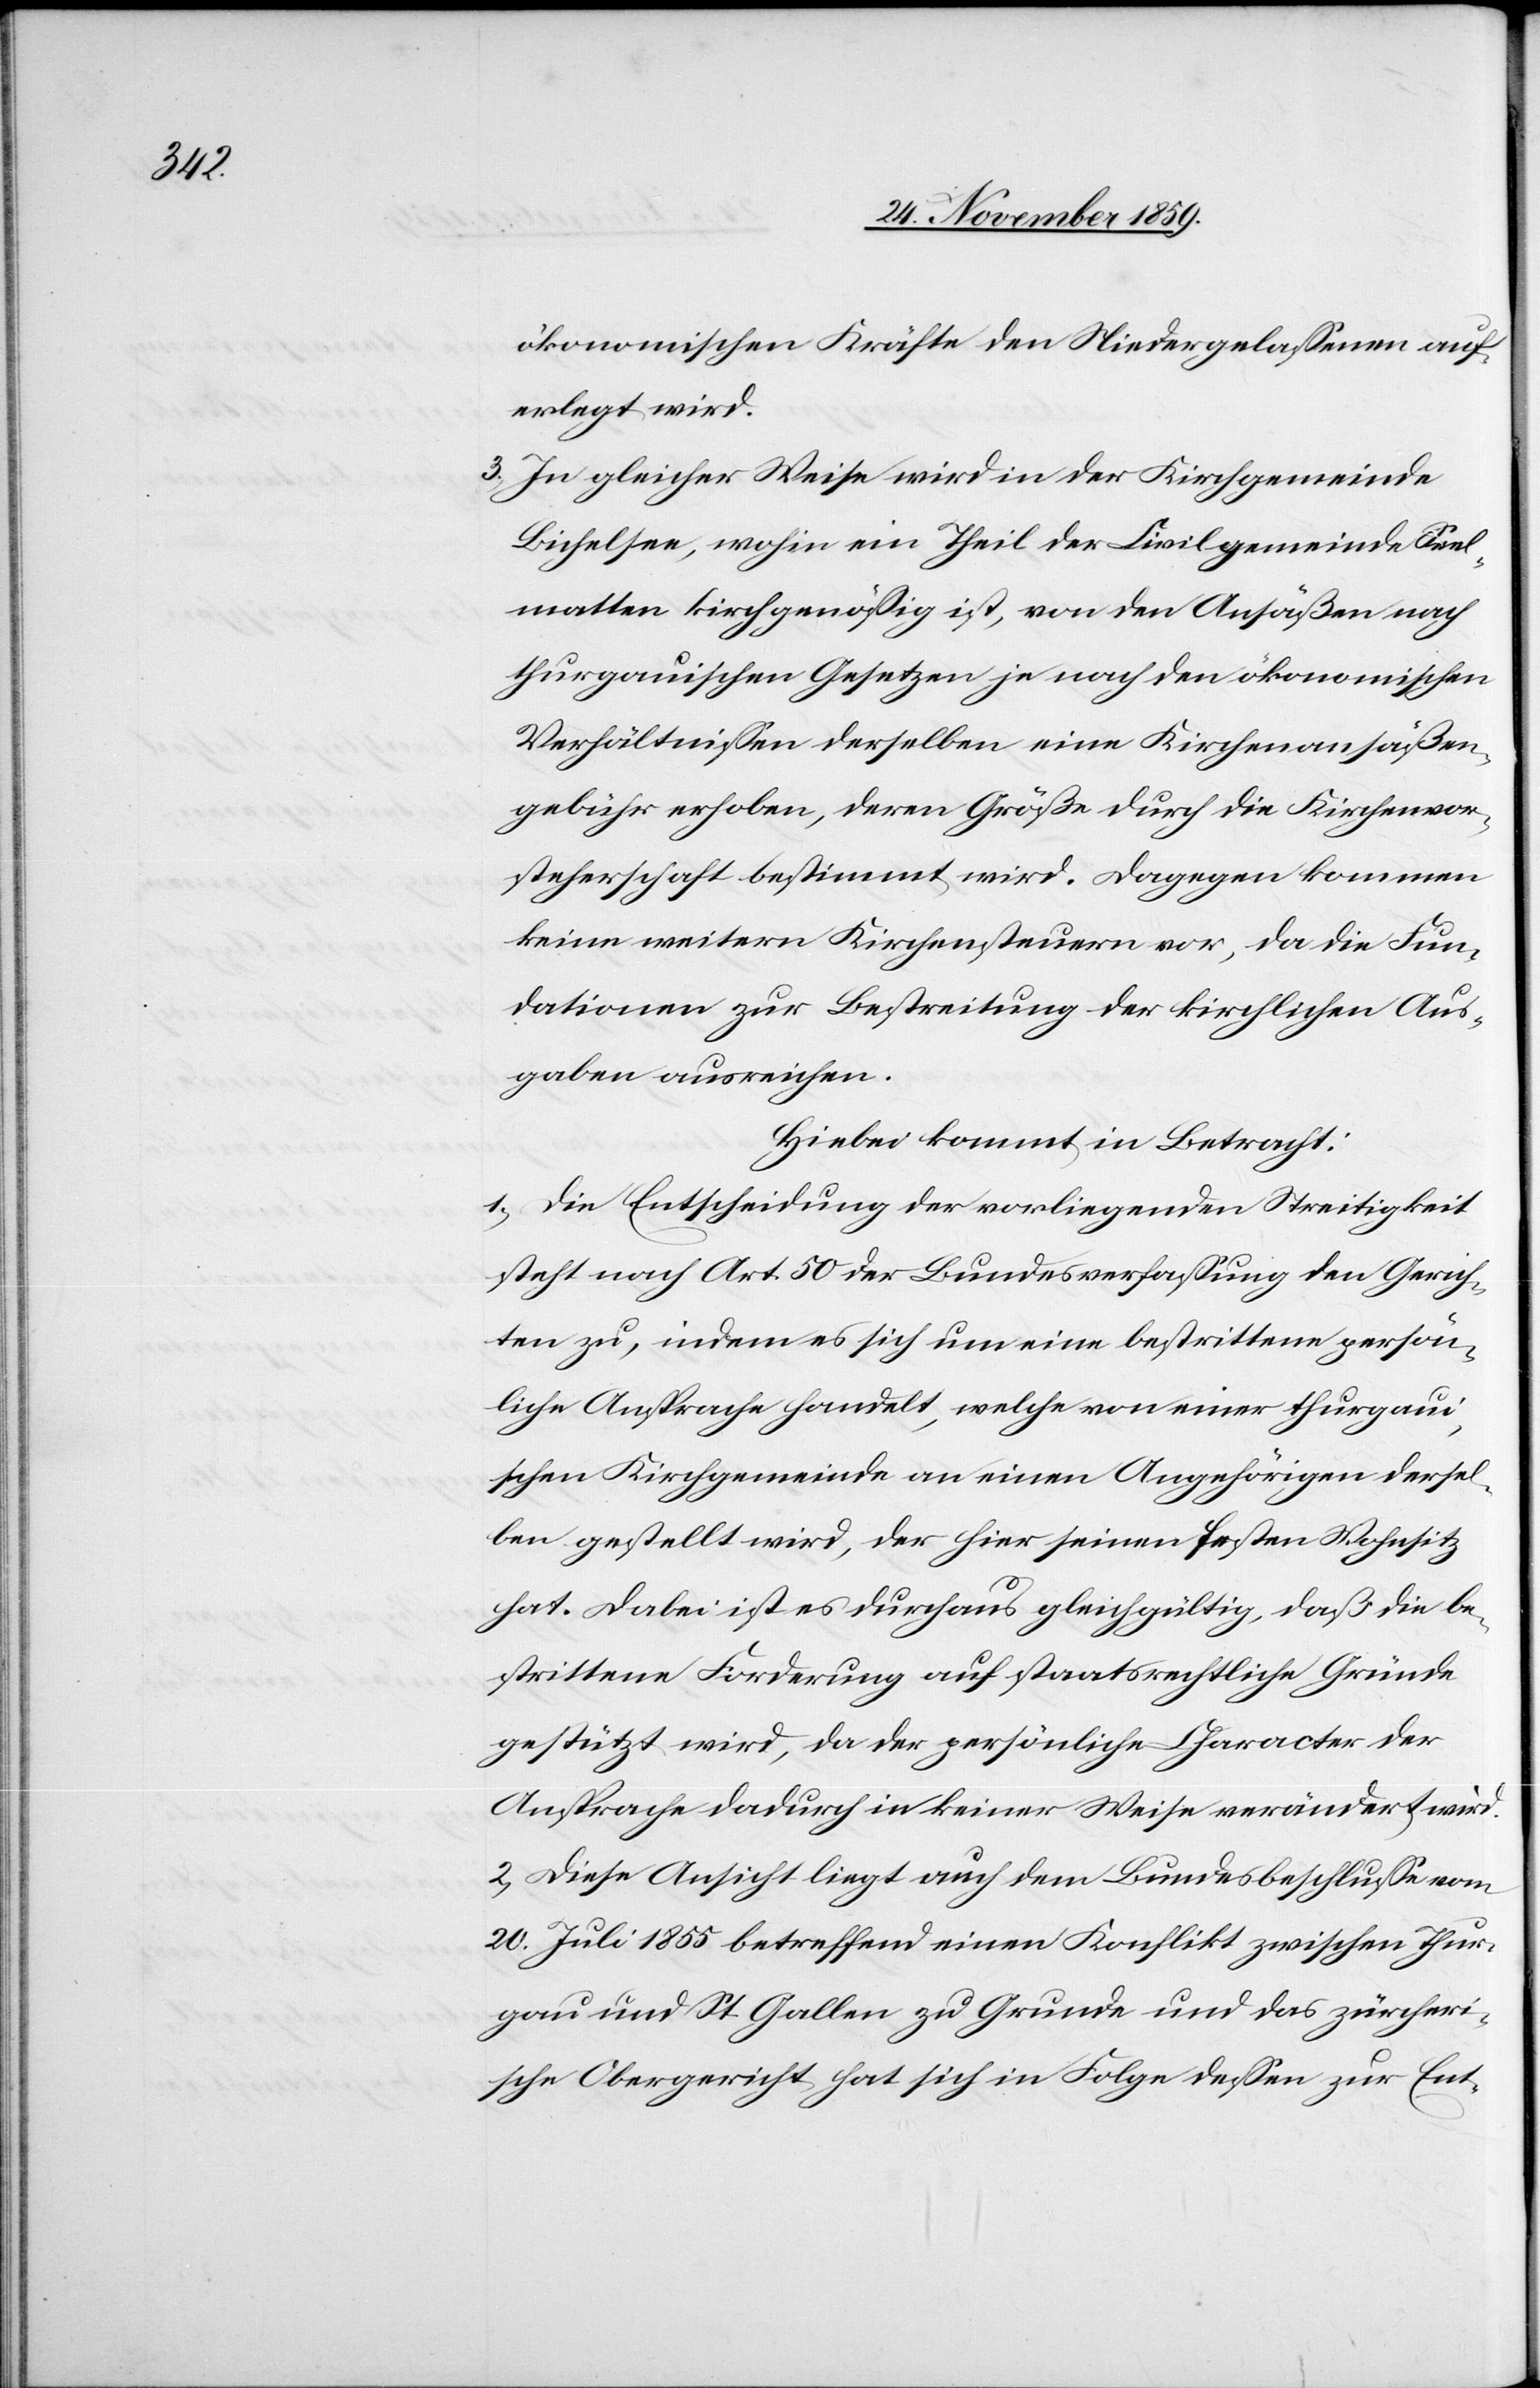
ökonomischen Kräfte den Niedergelassenen auf¬
erlegt wird.
3) In gleicher Weise wird in der Kirchgemeinde
Bichelsee, wohin ein Theil der Civilgemeinde Seel¬
matten kirchgenössig ist, von den Ansäßen nach
thurgauischen Gesetzen je nach den ökonomischen
Verhältnissen derselben eine Kirchenansäßen¬
gebühr erhoben, deren Größe durch die Kirchenvor¬
steherschaft bestimmt wird. Dagegen kommen
keine weitern Kirchensteuern vor, da die Fun¬
dationen zur Bestreitung der kirchlichen Aus¬
gaben ausreichen.
Hiebei kommt in Betracht:
1) Die Entscheidung der vorliegenden Streitigkeit
steht nach Art. 50 der Bundesverfassung den Gerich¬
ten zu, indem es sich um eine bestrittene persön¬
liche Ansprache handelt, welche von einer thurgaui¬
schen Kirchgemeinde an einen Angehörigen derse¬
lben gestellt wird, der hier seinen festen Wohnsitz
hat. Dabei ist es durchaus gleichgültig, daß die be¬
strittene Forderung auf staatsrechtliche Gründe
gestützt wird, da der persönliche Character der
Ansprache dadurch in keiner Weise verändert wird.
2) Diese Ansicht liegt auch dem Bundesbeschlusse vom
20. Juli 1855 betreffend einen Konflikt zwischen Thur¬
gau und St. Gallen zu Grunde und das zürcheri¬
sche Obergericht hat sich in Folge dessen zur Ent-